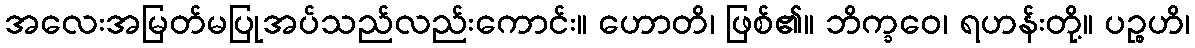
အလေးအမြတ်မပြုအပ်သည်လည်းကောင်း။ ဟောတိ၊ ဖြစ်၏။ ဘိက္ခဝေ၊ ရဟန်းတို့။ ပဉ္စဟိ၊